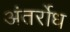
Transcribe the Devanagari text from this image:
अंतर्रोध